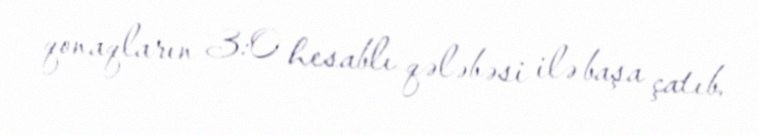
qonaqların 3:0 hesablı qələbəsi ilə başa çatıb.